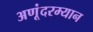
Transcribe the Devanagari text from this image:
अणूंदरम्यान